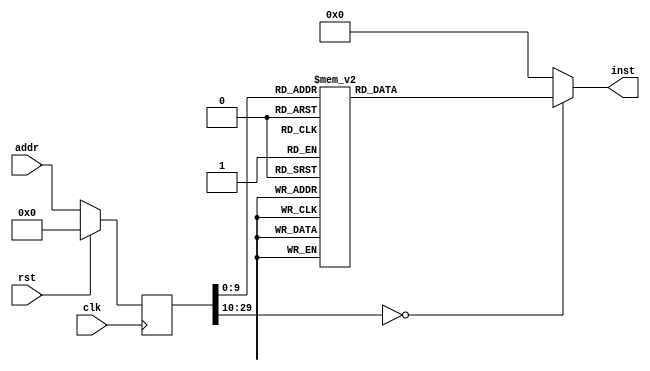
module demo(input clk, input rst, input [29:0] addr, output reg [31:0] inst);
reg [29:0] addr_r;
always @(posedge clk)
begin
addr_r <= (rst) ? (30'b0) : (addr);
end
always @(*)
begin
case(addr_r)
30'h00000000: inst = 32'h3c1d1000;
30'h00000001: inst = 32'h37bd4000;
30'h00000002: inst = 32'h3c011fff;
30'h00000003: inst = 32'hac20001c;
30'h00000004: inst = 32'h3c011fff;
30'h00000005: inst = 32'hac200020;
30'h00000006: inst = 32'h24080056;
30'h00000007: inst = 32'h3c011bef;
30'h00000008: inst = 32'hac28f000;
30'h00000009: inst = 32'h3c011fff;
30'h0000000a: inst = 32'hac200028;
30'h0000000b: inst = 32'h24090001;
30'h0000000c: inst = 32'h3c011fff;
30'h0000000d: inst = 32'hac200030;
30'h0000000e: inst = 32'h3c011fff;
30'h0000000f: inst = 32'hac200034;
30'h00000010: inst = 32'h3c0802fa;
30'h00000011: inst = 32'h3508f000;
30'h00000012: inst = 32'h40884800;
30'h00000013: inst = 32'h3c0902fa;
30'h00000014: inst = 32'h3529f080;
30'h00000015: inst = 32'h40895800;
30'h00000016: inst = 32'h340afc01;
30'h00000017: inst = 32'h408a6000;
30'h00000018: inst = 32'h0c000239;
30'h00000019: inst = 32'h00000000;
30'h0000001a: inst = 32'h240a0000;
30'h0000001b: inst = 32'h408a6000;
30'h0000001c: inst = 32'h3c0c4000;
30'h0000001d: inst = 32'h01800008;
30'h0000001e: inst = 32'h00000000;
30'h0000001f: inst = 32'h27bdffe8;
30'h00000020: inst = 32'hafa40010;
30'h00000021: inst = 32'h3c021dea;
30'h00000022: inst = 32'hafa50014;
30'h00000023: inst = 32'h3442d000;
30'h00000024: inst = 32'h8fa30010;
30'h00000025: inst = 32'h00000000;
30'h00000026: inst = 32'h8c440000;
30'h00000027: inst = 32'h00000000;
30'h00000028: inst = 32'h3c050100;
30'h00000029: inst = 32'h34a50000;
30'h0000002a: inst = 32'h00042080;
30'h0000002b: inst = 32'h8fa60014;
30'h0000002c: inst = 32'h00000000;
30'h0000002d: inst = 32'h00651821;
30'h0000002e: inst = 32'h00c42021;
30'h0000002f: inst = 32'hac830000;
30'h00000030: inst = 32'h8c430000;
30'h00000031: inst = 32'h00000000;
30'h00000032: inst = 32'h24630001;
30'h00000033: inst = 32'hac430000;
30'h00000034: inst = 32'h27bd0018;
30'h00000035: inst = 32'h03e00008;
30'h00000036: inst = 32'h00000000;
30'h00000037: inst = 32'h27bdffd8;
30'h00000038: inst = 32'hafa40014;
30'h00000039: inst = 32'hafa50018;
30'h0000003a: inst = 32'hafa6001c;
30'h0000003b: inst = 32'h8fa20038;
30'h0000003c: inst = 32'h00000000;
30'h0000003d: inst = 32'hafa70020;
30'h0000003e: inst = 32'hafa20024;
30'h0000003f: inst = 32'h8fa2001c;
30'h00000040: inst = 32'h00000000;
30'h00000041: inst = 32'h144000d2;
30'h00000042: inst = 32'h00000000;
30'h00000043: inst = 32'h3c021dea;
30'h00000044: inst = 32'h3442d000;
30'h00000045: inst = 32'h8fa30020;
30'h00000046: inst = 32'h00000000;
30'h00000047: inst = 32'h8c440000;
30'h00000048: inst = 32'h00000000;
30'h00000049: inst = 32'h3c050200;
30'h0000004a: inst = 32'h34a50000;
30'h0000004b: inst = 32'h00042080;
30'h0000004c: inst = 32'h8fa60024;
30'h0000004d: inst = 32'h00000000;
30'h0000004e: inst = 32'h00651821;
30'h0000004f: inst = 32'h00c42021;
30'h00000050: inst = 32'hac830000;
30'h00000051: inst = 32'h8fa30014;
30'h00000052: inst = 32'h00000000;
30'h00000053: inst = 32'h8fa40018;
30'h00000054: inst = 32'h00000000;
30'h00000055: inst = 32'h8c460000;
30'h00000056: inst = 32'h00000000;
30'h00000057: inst = 32'h00031c00;
30'h00000058: inst = 32'h00063080;
30'h00000059: inst = 32'h8fa70024;
30'h0000005a: inst = 32'h00000000;
30'h0000005b: inst = 32'h00641821;
30'h0000005c: inst = 32'h00c72021;
30'h0000005d: inst = 32'hac830004;
30'h0000005e: inst = 32'h8fa30014;
30'h0000005f: inst = 32'h00000000;
30'h00000060: inst = 32'h8fa40018;
30'h00000061: inst = 32'h00000000;
30'h00000062: inst = 32'h8c460000;
30'h00000063: inst = 32'h00000000;
30'h00000064: inst = 32'h00031c00;
30'h00000065: inst = 32'h00831821;
30'h00000066: inst = 32'h00062080;
30'h00000067: inst = 32'h8fa60024;
30'h00000068: inst = 32'h00000000;
30'h00000069: inst = 32'h2463000a;
30'h0000006a: inst = 32'h00862021;
30'h0000006b: inst = 32'hac830008;
30'h0000006c: inst = 32'h8fa30020;
30'h0000006d: inst = 32'h00000000;
30'h0000006e: inst = 32'h8c440000;
30'h0000006f: inst = 32'h00000000;
30'h00000070: inst = 32'h00042080;
30'h00000071: inst = 32'h8fa60024;
30'h00000072: inst = 32'h00000000;
30'h00000073: inst = 32'h00651821;
30'h00000074: inst = 32'h00862021;
30'h00000075: inst = 32'hac83000c;
30'h00000076: inst = 32'h8fa30014;
30'h00000077: inst = 32'h00000000;
30'h00000078: inst = 32'h8fa40018;
30'h00000079: inst = 32'h00000000;
30'h0000007a: inst = 32'h8c460000;
30'h0000007b: inst = 32'h00000000;
30'h0000007c: inst = 32'h00031c00;
30'h0000007d: inst = 32'h00831821;
30'h0000007e: inst = 32'h3404ffff;
30'h0000007f: inst = 32'h00063080;
30'h00000080: inst = 32'h8fa70024;
30'h00000081: inst = 32'h00000000;
30'h00000082: inst = 32'h00641821;
30'h00000083: inst = 32'h00c72021;
30'h00000084: inst = 32'hac830010;
30'h00000085: inst = 32'h8fa30014;
30'h00000086: inst = 32'h00000000;
30'h00000087: inst = 32'h8fa40018;
30'h00000088: inst = 32'h00000000;
30'h00000089: inst = 32'h3c060001;
30'h0000008a: inst = 32'h8c470000;
30'h0000008b: inst = 32'h00000000;
30'h0000008c: inst = 32'h00031c00;
30'h0000008d: inst = 32'h00641821;
30'h0000008e: inst = 32'h34c4000b;
30'h0000008f: inst = 32'h00073880;
30'h00000090: inst = 32'h8fa80024;
30'h00000091: inst = 32'h00000000;
30'h00000092: inst = 32'h00641821;
30'h00000093: inst = 32'h00e82021;
30'h00000094: inst = 32'hac830014;
30'h00000095: inst = 32'h8fa30020;
30'h00000096: inst = 32'h00000000;
30'h00000097: inst = 32'h8c440000;
30'h00000098: inst = 32'h00000000;
30'h00000099: inst = 32'h00042080;
30'h0000009a: inst = 32'h8fa70024;
30'h0000009b: inst = 32'h00000000;
30'h0000009c: inst = 32'h00651821;
30'h0000009d: inst = 32'h00872021;
30'h0000009e: inst = 32'hac830018;
30'h0000009f: inst = 32'h8fa30014;
30'h000000a0: inst = 32'h00000000;
30'h000000a1: inst = 32'h8fa40018;
30'h000000a2: inst = 32'h00000000;
30'h000000a3: inst = 32'h8c470000;
30'h000000a4: inst = 32'h00000000;
30'h000000a5: inst = 32'h00031c00;
30'h000000a6: inst = 32'h00831821;
30'h000000a7: inst = 32'h34c4fffe;
30'h000000a8: inst = 32'h00073080;
30'h000000a9: inst = 32'h8fa70024;
30'h000000aa: inst = 32'h00000000;
30'h000000ab: inst = 32'h00641821;
30'h000000ac: inst = 32'h00c72021;
30'h000000ad: inst = 32'hac83001c;
30'h000000ae: inst = 32'h8fa30014;
30'h000000af: inst = 32'h00000000;
30'h000000b0: inst = 32'h8fa40018;
30'h000000b1: inst = 32'h00000000;
30'h000000b2: inst = 32'h3c060002;
30'h000000b3: inst = 32'h8c470000;
30'h000000b4: inst = 32'h00000000;
30'h000000b5: inst = 32'h00031c00;
30'h000000b6: inst = 32'h00641821;
30'h000000b7: inst = 32'h34c4000c;
30'h000000b8: inst = 32'h00073880;
30'h000000b9: inst = 32'h8fa80024;
30'h000000ba: inst = 32'h00000000;
30'h000000bb: inst = 32'h00641821;
30'h000000bc: inst = 32'h00e82021;
30'h000000bd: inst = 32'hac830020;
30'h000000be: inst = 32'h8fa30020;
30'h000000bf: inst = 32'h00000000;
30'h000000c0: inst = 32'h8c440000;
30'h000000c1: inst = 32'h00000000;
30'h000000c2: inst = 32'h00042080;
30'h000000c3: inst = 32'h8fa70024;
30'h000000c4: inst = 32'h00000000;
30'h000000c5: inst = 32'h00651821;
30'h000000c6: inst = 32'h00872021;
30'h000000c7: inst = 32'hac830024;
30'h000000c8: inst = 32'h8fa30014;
30'h000000c9: inst = 32'h00000000;
30'h000000ca: inst = 32'h8fa40018;
30'h000000cb: inst = 32'h00000000;
30'h000000cc: inst = 32'h8c470000;
30'h000000cd: inst = 32'h00000000;
30'h000000ce: inst = 32'h00031c00;
30'h000000cf: inst = 32'h00831821;
30'h000000d0: inst = 32'h34c4ffff;
30'h000000d1: inst = 32'h00073080;
30'h000000d2: inst = 32'h8fa70024;
30'h000000d3: inst = 32'h00000000;
30'h000000d4: inst = 32'h00641821;
30'h000000d5: inst = 32'h00c72021;
30'h000000d6: inst = 32'hac830028;
30'h000000d7: inst = 32'h8fa30014;
30'h000000d8: inst = 32'h00000000;
30'h000000d9: inst = 32'h8fa40018;
30'h000000da: inst = 32'h00000000;
30'h000000db: inst = 32'h8c460000;
30'h000000dc: inst = 32'h00000000;
30'h000000dd: inst = 32'h00031c00;
30'h000000de: inst = 32'h3c070003;
30'h000000df: inst = 32'h00641821;
30'h000000e0: inst = 32'h34e4000b;
30'h000000e1: inst = 32'h00063080;
30'h000000e2: inst = 32'h8fa70024;
30'h000000e3: inst = 32'h00000000;
30'h000000e4: inst = 32'h00641821;
30'h000000e5: inst = 32'h00c72021;
30'h000000e6: inst = 32'hac83002c;
30'h000000e7: inst = 32'h8fa30020;
30'h000000e8: inst = 32'h00000000;
30'h000000e9: inst = 32'h8c440000;
30'h000000ea: inst = 32'h00000000;
30'h000000eb: inst = 32'h00042080;
30'h000000ec: inst = 32'h8fa60024;
30'h000000ed: inst = 32'h00000000;
30'h000000ee: inst = 32'h00651821;
30'h000000ef: inst = 32'h00862021;
30'h000000f0: inst = 32'hac830030;
30'h000000f1: inst = 32'h8fa30014;
30'h000000f2: inst = 32'h00000000;
30'h000000f3: inst = 32'h8fa40018;
30'h000000f4: inst = 32'h00000000;
30'h000000f5: inst = 32'h3c050004;
30'h000000f6: inst = 32'h8c460000;
30'h000000f7: inst = 32'h00000000;
30'h000000f8: inst = 32'h00031c00;
30'h000000f9: inst = 32'h00641821;
30'h000000fa: inst = 32'h34a40000;
30'h000000fb: inst = 32'h00063080;
30'h000000fc: inst = 32'h8fa70024;
30'h000000fd: inst = 32'h00000000;
30'h000000fe: inst = 32'h00641821;
30'h000000ff: inst = 32'h00c72021;
30'h00000100: inst = 32'hac830034;
30'h00000101: inst = 32'h8fa30014;
30'h00000102: inst = 32'h00000000;
30'h00000103: inst = 32'h8fa40018;
30'h00000104: inst = 32'h00000000;
30'h00000105: inst = 32'h8c460000;
30'h00000106: inst = 32'h00000000;
30'h00000107: inst = 32'h00031c00;
30'h00000108: inst = 32'h00641821;
30'h00000109: inst = 32'h34a4000a;
30'h0000010a: inst = 32'h00062880;
30'h0000010b: inst = 32'h8fa60024;
30'h0000010c: inst = 32'h00000000;
30'h0000010d: inst = 32'h00641821;
30'h0000010e: inst = 32'h00a62021;
30'h0000010f: inst = 32'hac830038;
30'h00000110: inst = 32'h8c430000;
30'h00000111: inst = 32'h00000000;
30'h00000112: inst = 32'h2463000f;
30'h00000113: inst = 32'hac430000;
30'h00000114: inst = 32'h27bd0028;
30'h00000115: inst = 32'h03e00008;
30'h00000116: inst = 32'h00000000;
30'h00000117: inst = 32'h27bdffd0;
30'h00000118: inst = 32'hafa40010;
30'h00000119: inst = 32'hafa50014;
30'h0000011a: inst = 32'hafa60018;
30'h0000011b: inst = 32'hafa0001c;
30'h0000011c: inst = 32'h8fa2001c;
30'h0000011d: inst = 32'h00000000;
30'h0000011e: inst = 32'h8fa30014;
30'h0000011f: inst = 32'h00000000;
30'h00000120: inst = 32'h0043102a;
30'h00000121: inst = 32'h1040002e;
30'h00000122: inst = 32'h00000000;
30'h00000123: inst = 32'h3c021dea;
30'h00000124: inst = 32'h3442d000;
30'h00000125: inst = 32'h8fa30010;
30'h00000126: inst = 32'h00000000;
30'h00000127: inst = 32'h8c440000;
30'h00000128: inst = 32'h00000000;
30'h00000129: inst = 32'h3c050200;
30'h0000012a: inst = 32'h34a50000;
30'h0000012b: inst = 32'h00042080;
30'h0000012c: inst = 32'h8fa60018;
30'h0000012d: inst = 32'h00000000;
30'h0000012e: inst = 32'h00651821;
30'h0000012f: inst = 32'h00c42021;
30'h00000130: inst = 32'hac830000;
30'h00000131: inst = 32'h8fa3001c;
30'h00000132: inst = 32'h00000000;
30'h00000133: inst = 32'h8c440000;
30'h00000134: inst = 32'h00000000;
30'h00000135: inst = 32'h00042080;
30'h00000136: inst = 32'h8fa50018;
30'h00000137: inst = 32'h00000000;
30'h00000138: inst = 32'h00031c00;
30'h00000139: inst = 32'h00852021;
30'h0000013a: inst = 32'hac830004;
30'h0000013b: inst = 32'h8fa3001c;
30'h0000013c: inst = 32'h00000000;
30'h0000013d: inst = 32'h8c440000;
30'h0000013e: inst = 32'h00000000;
30'h0000013f: inst = 32'h00031c00;
30'h00000140: inst = 32'h00042080;
30'h00000141: inst = 32'h8fa50018;
30'h00000142: inst = 32'h00000000;
30'h00000143: inst = 32'h34630258;
30'h00000144: inst = 32'h00852021;
30'h00000145: inst = 32'hac830008;
30'h00000146: inst = 32'h8c430000;
30'h00000147: inst = 32'h00000000;
30'h00000148: inst = 32'h24630003;
30'h00000149: inst = 32'hac430000;
30'h0000014a: inst = 32'h8fa2001c;
30'h0000014b: inst = 32'h00000000;
30'h0000014c: inst = 32'h24420001;
30'h0000014d: inst = 32'hafa2001c;
30'h0000014e: inst = 32'h0800011c;
30'h0000014f: inst = 32'h00000000;
30'h00000150: inst = 32'hafa00020;
30'h00000151: inst = 32'h24020009;
30'h00000152: inst = 32'h8fa30020;
30'h00000153: inst = 32'h00000000;
30'h00000154: inst = 32'h0043102a;
30'h00000155: inst = 32'h14400037;
30'h00000156: inst = 32'h00000000;
30'h00000157: inst = 32'h3c021dea;
30'h00000158: inst = 32'h3442d000;
30'h00000159: inst = 32'h8fa30010;
30'h0000015a: inst = 32'h00000000;
30'h0000015b: inst = 32'h8c440000;
30'h0000015c: inst = 32'h00000000;
30'h0000015d: inst = 32'h3c050200;
30'h0000015e: inst = 32'h34a50000;
30'h0000015f: inst = 32'h00042080;
30'h00000160: inst = 32'h8fa60018;
30'h00000161: inst = 32'h00000000;
30'h00000162: inst = 32'h00651821;
30'h00000163: inst = 32'h00c42021;
30'h00000164: inst = 32'hac830000;
30'h00000165: inst = 32'h8fa30014;
30'h00000166: inst = 32'h00000000;
30'h00000167: inst = 32'h8fa40020;
30'h00000168: inst = 32'h00000000;
30'h00000169: inst = 32'h24050320;
30'h0000016a: inst = 32'h8c460000;
30'h0000016b: inst = 32'h00000000;
30'h0000016c: inst = 32'h00a31823;
30'h0000016d: inst = 32'h00641821;
30'h0000016e: inst = 32'h00062080;
30'h0000016f: inst = 32'h8fa60018;
30'h00000170: inst = 32'h00000000;
30'h00000171: inst = 32'h00031c00;
30'h00000172: inst = 32'h00862021;
30'h00000173: inst = 32'hac830004;
30'h00000174: inst = 32'h8fa30014;
30'h00000175: inst = 32'h00000000;
30'h00000176: inst = 32'h8fa40020;
30'h00000177: inst = 32'h00000000;
30'h00000178: inst = 32'h00a31823;
30'h00000179: inst = 32'h8c450000;
30'h0000017a: inst = 32'h00000000;
30'h0000017b: inst = 32'h00641821;
30'h0000017c: inst = 32'h00031c00;
30'h0000017d: inst = 32'h00052080;
30'h0000017e: inst = 32'h8fa50018;
30'h0000017f: inst = 32'h00000000;
30'h00000180: inst = 32'h34630258;
30'h00000181: inst = 32'h00852021;
30'h00000182: inst = 32'hac830008;
30'h00000183: inst = 32'h8c430000;
30'h00000184: inst = 32'h00000000;
30'h00000185: inst = 32'h24630003;
30'h00000186: inst = 32'hac430000;
30'h00000187: inst = 32'h8fa20020;
30'h00000188: inst = 32'h00000000;
30'h00000189: inst = 32'h24420001;
30'h0000018a: inst = 32'hafa20020;
30'h0000018b: inst = 32'h08000151;
30'h0000018c: inst = 32'h00000000;
30'h0000018d: inst = 32'hafa00024;
30'h0000018e: inst = 32'h24020009;
30'h0000018f: inst = 32'h8fa30024;
30'h00000190: inst = 32'h00000000;
30'h00000191: inst = 32'h0043102a;
30'h00000192: inst = 32'h1440002e;
30'h00000193: inst = 32'h00000000;
30'h00000194: inst = 32'h3c021dea;
30'h00000195: inst = 32'h3442d000;
30'h00000196: inst = 32'h8fa30010;
30'h00000197: inst = 32'h00000000;
30'h00000198: inst = 32'h8c440000;
30'h00000199: inst = 32'h00000000;
30'h0000019a: inst = 32'h3c050200;
30'h0000019b: inst = 32'h34a50000;
30'h0000019c: inst = 32'h00042080;
30'h0000019d: inst = 32'h8fa60018;
30'h0000019e: inst = 32'h00000000;
30'h0000019f: inst = 32'h00651821;
30'h000001a0: inst = 32'h00c42021;
30'h000001a1: inst = 32'hac830000;
30'h000001a2: inst = 32'h8fa30024;
30'h000001a3: inst = 32'h00000000;
30'h000001a4: inst = 32'h8c440000;
30'h000001a5: inst = 32'h00000000;
30'h000001a6: inst = 32'h00042080;
30'h000001a7: inst = 32'h8fa50018;
30'h000001a8: inst = 32'h00000000;
30'h000001a9: inst = 32'h00852021;
30'h000001aa: inst = 32'hac830004;
30'h000001ab: inst = 32'h8fa30024;
30'h000001ac: inst = 32'h00000000;
30'h000001ad: inst = 32'h8c440000;
30'h000001ae: inst = 32'h00000000;
30'h000001af: inst = 32'h3c050320;
30'h000001b0: inst = 32'h34a50000;
30'h000001b1: inst = 32'h00042080;
30'h000001b2: inst = 32'h8fa60018;
30'h000001b3: inst = 32'h00000000;
30'h000001b4: inst = 32'h00651821;
30'h000001b5: inst = 32'h00862021;
30'h000001b6: inst = 32'hac830008;
30'h000001b7: inst = 32'h8c430000;
30'h000001b8: inst = 32'h00000000;
30'h000001b9: inst = 32'h24630003;
30'h000001ba: inst = 32'hac430000;
30'h000001bb: inst = 32'h8fa20024;
30'h000001bc: inst = 32'h00000000;
30'h000001bd: inst = 32'h24420001;
30'h000001be: inst = 32'hafa20024;
30'h000001bf: inst = 32'h0800018e;
30'h000001c0: inst = 32'h00000000;
30'h000001c1: inst = 32'hafa00028;
30'h000001c2: inst = 32'h24020009;
30'h000001c3: inst = 32'h8fa30028;
30'h000001c4: inst = 32'h00000000;
30'h000001c5: inst = 32'h0043102a;
30'h000001c6: inst = 32'h14400037;
30'h000001c7: inst = 32'h00000000;
30'h000001c8: inst = 32'h3c021dea;
30'h000001c9: inst = 32'h3442d000;
30'h000001ca: inst = 32'h8fa30010;
30'h000001cb: inst = 32'h00000000;
30'h000001cc: inst = 32'h8c440000;
30'h000001cd: inst = 32'h00000000;
30'h000001ce: inst = 32'h3c050200;
30'h000001cf: inst = 32'h34a50000;
30'h000001d0: inst = 32'h00042080;
30'h000001d1: inst = 32'h8fa60018;
30'h000001d2: inst = 32'h00000000;
30'h000001d3: inst = 32'h00651821;
30'h000001d4: inst = 32'h00c42021;
30'h000001d5: inst = 32'hac830000;
30'h000001d6: inst = 32'h8fa30014;
30'h000001d7: inst = 32'h00000000;
30'h000001d8: inst = 32'h8fa40028;
30'h000001d9: inst = 32'h00000000;
30'h000001da: inst = 32'h8c450000;
30'h000001db: inst = 32'h00000000;
30'h000001dc: inst = 32'h24060258;
30'h000001dd: inst = 32'h00c31823;
30'h000001de: inst = 32'h00052880;
30'h000001df: inst = 32'h8fa70018;
30'h000001e0: inst = 32'h00000000;
30'h000001e1: inst = 32'h00641821;
30'h000001e2: inst = 32'h00a72021;
30'h000001e3: inst = 32'hac830004;
30'h000001e4: inst = 32'h8fa30014;
30'h000001e5: inst = 32'h00000000;
30'h000001e6: inst = 32'h8fa40028;
30'h000001e7: inst = 32'h00000000;
30'h000001e8: inst = 32'h8c450000;
30'h000001e9: inst = 32'h00000000;
30'h000001ea: inst = 32'h00c31823;
30'h000001eb: inst = 32'h3c060320;
30'h000001ec: inst = 32'h00641821;
30'h000001ed: inst = 32'h34c40000;
30'h000001ee: inst = 32'h00052880;
30'h000001ef: inst = 32'h8fa60018;
30'h000001f0: inst = 32'h00000000;
30'h000001f1: inst = 32'h00641821;
30'h000001f2: inst = 32'h00a62021;
30'h000001f3: inst = 32'hac830008;
30'h000001f4: inst = 32'h8c430000;
30'h000001f5: inst = 32'h00000000;
30'h000001f6: inst = 32'h24630003;
30'h000001f7: inst = 32'hac430000;
30'h000001f8: inst = 32'h8fa20028;
30'h000001f9: inst = 32'h00000000;
30'h000001fa: inst = 32'h24420001;
30'h000001fb: inst = 32'hafa20028;
30'h000001fc: inst = 32'h080001c2;
30'h000001fd: inst = 32'h00000000;
30'h000001fe: inst = 32'h27bd0030;
30'h000001ff: inst = 32'h03e00008;
30'h00000200: inst = 32'h00000000;
30'h00000201: inst = 32'h27bdffe0;
30'h00000202: inst = 32'hafa40010;
30'h00000203: inst = 32'hafa50014;
30'h00000204: inst = 32'hafa60018;
30'h00000205: inst = 32'hafa7001c;
30'h00000206: inst = 32'h8fa20010;
30'h00000207: inst = 32'h00000000;
30'h00000208: inst = 32'h8c430000;
30'h00000209: inst = 32'h00000000;
30'h0000020a: inst = 32'h8fa40014;
30'h0000020b: inst = 32'h00000000;
30'h0000020c: inst = 32'h00641821;
30'h0000020d: inst = 32'hac430000;
30'h0000020e: inst = 32'h8fa20010;
30'h0000020f: inst = 32'h00000000;
30'h00000210: inst = 32'h8c430004;
30'h00000211: inst = 32'h00000000;
30'h00000212: inst = 32'h8fa40018;
30'h00000213: inst = 32'h00000000;
30'h00000214: inst = 32'h3c051dea;
30'h00000215: inst = 32'h00641821;
30'h00000216: inst = 32'h34a4d000;
30'h00000217: inst = 32'hac430004;
30'h00000218: inst = 32'h8c820000;
30'h00000219: inst = 32'h00000000;
30'h0000021a: inst = 32'h3c0303ff;
30'h0000021b: inst = 32'h00021080;
30'h0000021c: inst = 32'h8fa5001c;
30'h0000021d: inst = 32'h00000000;
30'h0000021e: inst = 32'h34630000;
30'h0000021f: inst = 32'h00a21021;
30'h00000220: inst = 32'hac430000;
30'h00000221: inst = 32'h8fa20010;
30'h00000222: inst = 32'h00000000;
30'h00000223: inst = 32'h8c430004;
30'h00000224: inst = 32'h00000000;
30'h00000225: inst = 32'h8c420000;
30'h00000226: inst = 32'h00000000;
30'h00000227: inst = 32'h8c850000;
30'h00000228: inst = 32'h00000000;
30'h00000229: inst = 32'h00031b00;
30'h0000022a: inst = 32'h00021580;
30'h0000022b: inst = 32'h00621021;
30'h0000022c: inst = 32'h00051880;
30'h0000022d: inst = 32'h8fa5001c;
30'h0000022e: inst = 32'h00000000;
30'h0000022f: inst = 32'h34420030;
30'h00000230: inst = 32'h00651821;
30'h00000231: inst = 32'hac620004;
30'h00000232: inst = 32'h8c820000;
30'h00000233: inst = 32'h00000000;
30'h00000234: inst = 32'h24420002;
30'h00000235: inst = 32'hac820000;
30'h00000236: inst = 32'h27bd0020;
30'h00000237: inst = 32'h03e00008;
30'h00000238: inst = 32'h00000000;
30'h00000239: inst = 32'h27bdffa0;
30'h0000023a: inst = 32'hafbf005c;
30'h0000023b: inst = 32'hafb00050;
30'h0000023c: inst = 32'hafb10054;
30'h0000023d: inst = 32'h3c021000;
30'h0000023e: inst = 32'h24420a70;
30'h0000023f: inst = 32'hafa00024;
30'h00000240: inst = 32'h8c430000;
30'h00000241: inst = 32'h00000000;
30'h00000242: inst = 32'h8c420004;
30'h00000243: inst = 32'h00000000;
30'h00000244: inst = 32'h3c041dea;
30'h00000245: inst = 32'hafa30048;
30'h00000246: inst = 32'hafa2004c;
30'h00000247: inst = 32'h3c028000;
30'h00000248: inst = 32'h3483d000;
30'h00000249: inst = 32'h3c041040;
30'h0000024a: inst = 32'h34420020;
30'h0000024b: inst = 32'hac600000;
30'h0000024c: inst = 32'h34830000;
30'h0000024d: inst = 32'h8c420000;
30'h0000024e: inst = 32'h00000000;
30'h0000024f: inst = 32'h00431026;
30'h00000250: inst = 32'h3c041080;
30'h00000251: inst = 32'h2c420001;
30'h00000252: inst = 32'h34840000;
30'h00000253: inst = 32'h14400002;
30'h00000254: inst = 32'h00000000;
30'h00000255: inst = 32'h00032021;
30'h00000256: inst = 32'hafa40038;
30'h00000257: inst = 32'h14830004;
30'h00000258: inst = 32'h00000000;
30'h00000259: inst = 32'h3c021500;
30'h0000025a: inst = 32'h0800025d;
30'h0000025b: inst = 32'h00000000;
30'h0000025c: inst = 32'h3c021600;
30'h0000025d: inst = 32'h34420000;
30'h0000025e: inst = 32'h3c031040;
30'h0000025f: inst = 32'hafa20040;
30'h00000260: inst = 32'h34620000;
30'h00000261: inst = 32'h8fa30038;
30'h00000262: inst = 32'h00000000;
30'h00000263: inst = 32'h00621026;
30'h00000264: inst = 32'h3c031500;
30'h00000265: inst = 32'h3c041600;
30'h00000266: inst = 32'h2c420001;
30'h00000267: inst = 32'h34630000;
30'h00000268: inst = 32'h14400002;
30'h00000269: inst = 32'h00000000;
30'h0000026a: inst = 32'h34830000;
30'h0000026b: inst = 32'hafa3002c;
30'h0000026c: inst = 32'h8fa50040;
30'h0000026d: inst = 32'h00000000;
30'h0000026e: inst = 32'h24100000;
30'h0000026f: inst = 32'h00102021;
30'h00000270: inst = 32'h0c00001f;
30'h00000271: inst = 32'h00000000;
30'h00000272: inst = 32'h8fa20040;
30'h00000273: inst = 32'h00000000;
30'h00000274: inst = 32'h3c1100ff;
30'h00000275: inst = 32'hafa20010;
30'h00000276: inst = 32'h2404012c;
30'h00000277: inst = 32'h24050190;
30'h00000278: inst = 32'h36276600;
30'h00000279: inst = 32'h00103021;
30'h0000027a: inst = 32'h0c000037;
30'h0000027b: inst = 32'h00000000;
30'h0000027c: inst = 32'h8fa60040;
30'h0000027d: inst = 32'h00000000;
30'h0000027e: inst = 32'h3624ffff;
30'h0000027f: inst = 32'h2405000a;
30'h00000280: inst = 32'h0c000117;
30'h00000281: inst = 32'h00000000;
30'h00000282: inst = 32'h8fa70040;
30'h00000283: inst = 32'h00000000;
30'h00000284: inst = 32'h27a40048;
30'h00000285: inst = 32'h3c111800;
30'h00000286: inst = 32'h00102821;
30'h00000287: inst = 32'h00103021;
30'h00000288: inst = 32'h0c000201;
30'h00000289: inst = 32'h00000000;
30'h0000028a: inst = 32'h8fa20038;
30'h0000028b: inst = 32'h00000000;
30'h0000028c: inst = 32'h36230004;
30'h0000028d: inst = 32'hac620000;
30'h0000028e: inst = 32'h8fa2002c;
30'h0000028f: inst = 32'h00000000;
30'h00000290: inst = 32'h36230000;
30'h00000291: inst = 32'hac620000;
30'h00000292: inst = 32'h00101021;
30'h00000293: inst = 32'h8fb10054;
30'h00000294: inst = 32'h00000000;
30'h00000295: inst = 32'h8fb00050;
30'h00000296: inst = 32'h00000000;
30'h00000297: inst = 32'h8fbf005c;
30'h00000298: inst = 32'h00000000;
30'h00000299: inst = 32'h27bd0060;
30'h0000029a: inst = 32'h03e00008;
30'h0000029b: inst = 32'h00000000;
30'h0000029c: inst = 32'h00000190;
30'h0000029d: inst = 32'h00000226;
default:      inst = 32'h00000000;
endcase
end
endmodule